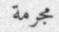
مجرمة